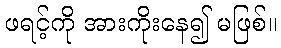
ဖရင့်ကို အားကိုးနေ၍ မဖြစ်။